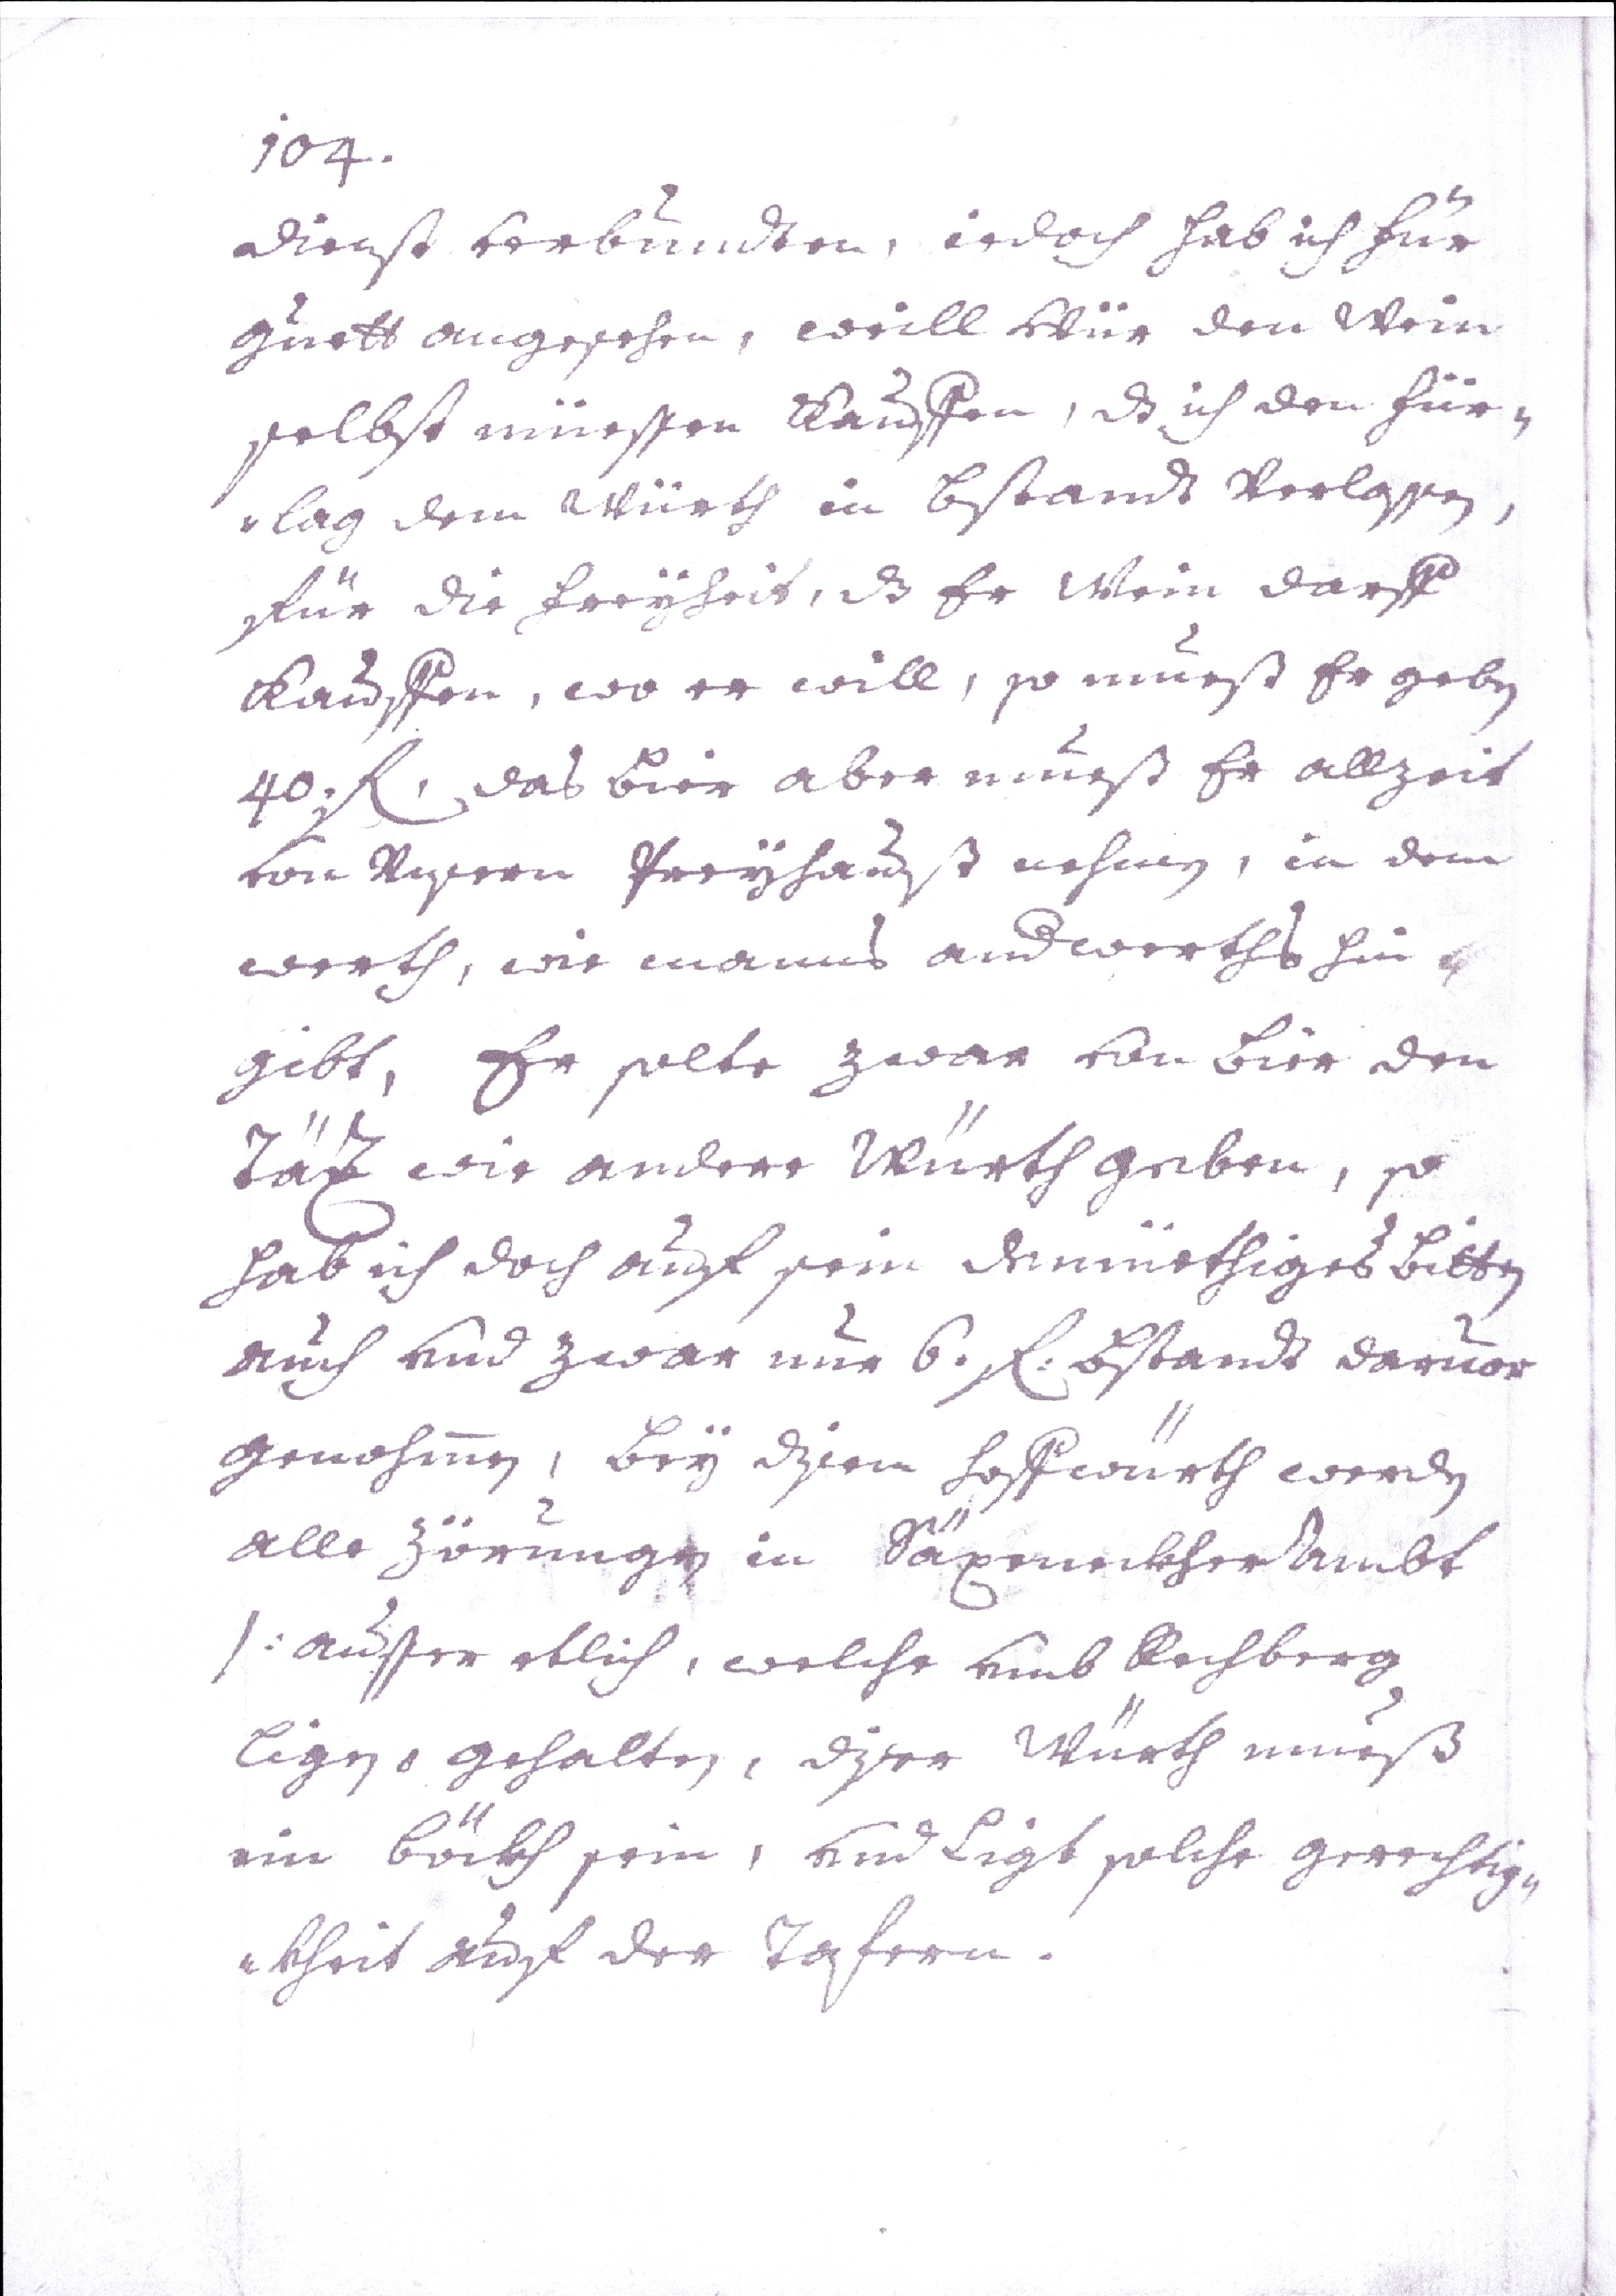
104.
dienst verbunden, iedoch hab ich für
guett angesehen, weill wür den Wein
selbst müesten kaufen, da ich den für¬
lag dem Würth in bestand Verlassen,
für die Freyheit daß Er Wein darff
kauffen, wo er will, so mueß Er geben
40. fl. das Bier aber mueß Er allzeit
von unsern freyhauß nehmen, in dem
werth, wie manns and(er)werths hie
gibt, Er solte zwar von Bier den
Täz wie andere Würth geben, so
hab ich doch auf sein demüethiges Bitten
auch vnd zwar nur 6. fl: Bstand davuor
genohmmen, Bey disen Hoffwürth werden
alle Zörungen in SäxeneckherAmbt
/: ausser eltlich, welche vmb Rechberg
liegen u. gehalten, diser Würth mueß
ein böckh sein, vnd liegt solche gerechtig¬
kheit auf der Tafern.